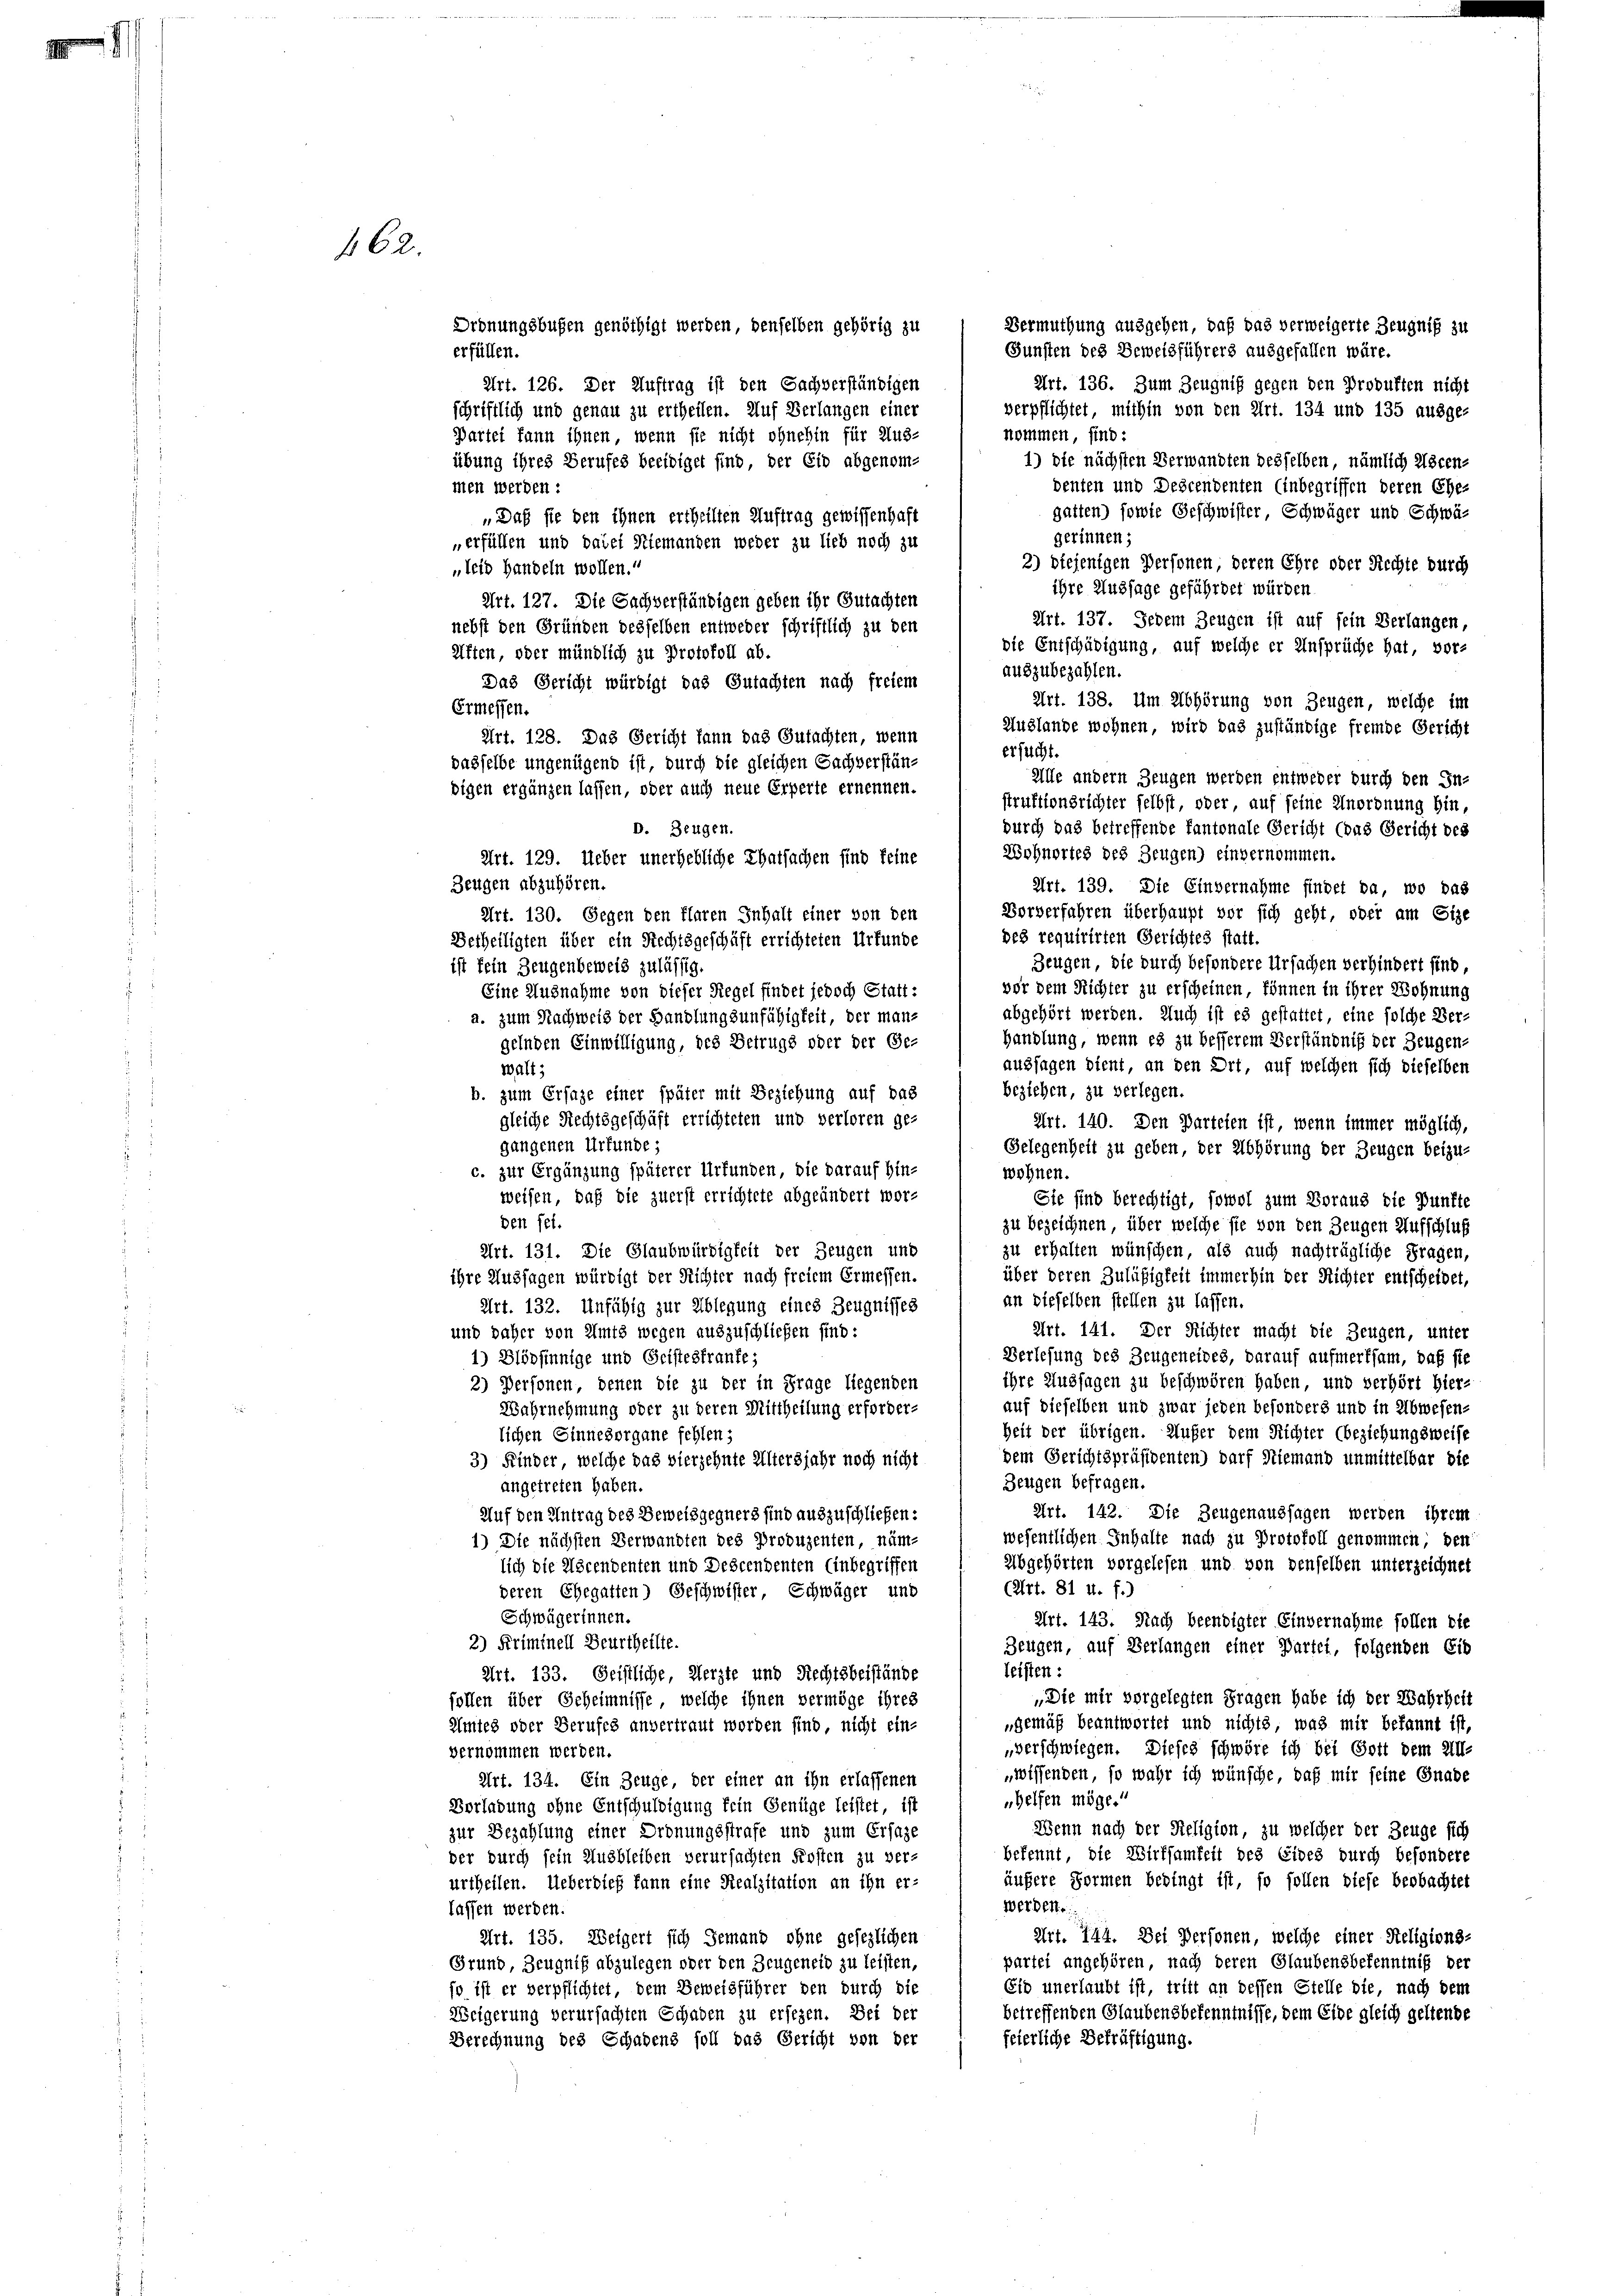
162.

Vermuthung ausgehen, daß das verweigerte Zeugniß zu
Ordnungsbußen genöthigt werden, denselben gehörig zu
Gunsten des Beweisführers ausgefallen wäre.
erfüllen.
Art. 126. Der Auftrag ist den Sachverständigen
Art. 136. Zum Zeugniß gegen den Probusten nicht
verpflichtet, mithin von den Art. 134 und 135 ausge-
schriftlich und genau zu ertheilen. Auf Verlangen einer
nommen, sind:
Partei kann ihnen, wenn sie nicht ohnehin für Aus-
1) die nächsten Verwandten desselben, nämlich ascen-
übung ihres Berufes beeidiget sind, der Eid abgenom-
denten und Descendenten Einbegriffen deren Ehe-
men werden:
gatten) sowie Geschwister, Schwäger und Schwä-
„Daß sie den ihnen ertheilten Auftrag gewissenhaft
gerinnen;
erfüllen und dabei Niemanden weder zu lieb noch zu
2) diejenigen Personen, deren Ehre oder Rechte durch
„leid handeln wollen.“
ihre Aussage gefährdet würden.
Art. 127. Die Sachverständigen geben ihr Gutachten
Art. 137. Jedem Zeugen ist auf sein Verlangen,
nebst den Gründen desselben entweder schriftlich zu den
die Entschädigung, auf welche er Ansprüche hat, vor-
Aften, oder mündlich zu Protokoll ab-
auszubezahlen.
Das Gericht würdigt das Gutachten nach freiem
Ermessen.
ersucht.
durch das betreffende Kantonale Gericht (das Gericht des
Wohnortes des Zeugen) einvernommen.
Art. 129. Ueber unerhebliche Thatsachen sind feine
Zeugen abzuhören.
Art. 139. Die Einvernahme findet da, wo das
Vorverfahren überhaupt vor sich geht, oder am Size
Art. 130. Gegen den Flaren Inhalt einer von den
des requirirten Gerichtes statt
Betheiligten über ein Rechtsgeschäft errichteten Urfunde
Zeugen, die durch besondere Ursachen verhindert sind
ist fein Zeugenbeweis zulässig.
vor dem Richter zu erscheinen können in ihrer Wohnung
Eine Ausnahme von dieser Siegel findet jedoch Statt:
abgehört werden. Auch ist es gestattet, eine solche Ver-
a. zum Nachweis der Handlungsunfähigkeit, der man-
Handlung, wenn es zu besserem Verständniß der Zeugen-
gelnden Einwilligung, des Betrugs oder der Ge-
aussagen dient, an den Ort, auf welchen sich dieselben
walt;
beziehen, zu verlegen.
b. zum Erfage einer später mit Beziehung auf das
gleiche Rechtsgeschäft errichteten und verloren ge-
Art. 140. Den Parteien ist, wenn immer möglich,
gangenen Urfunde;
Gelegenheit zu geben, der Abhörung der Zeugen beizu-
c. zur Ergänzung späterer Urfunden, die darauf hin-
wohnen.
weisen, daß die zuerst errichtete abgeändert wor-
Sie sind berechtigt, sowol zum Voraus die Dunfte
den fel.
zu bezeichnen, über welche sie von den Zeugen Aufschluß
zu erhalten wünschen, als auch nachträgliche Fragen,
Art. 131. Die Glaubwürdigkeit der Zeugen und
über deren Zuläßigkeit immerhin der Richter entscheidet,
ihre Aussagen würdigt der Richter nach freiem Ermessen.
an dieselben stellen zu lassen.
Art. 132. Unfähig zur Ablegung eines Zeugnisses
Art. 141. Der Richter macht die Zeugen, unter
und daher von Amts wegen auszuschließen sind:
Verlesung des Zeugeneides, darauf aufmerksam, daß sie
1) Blödsinnige und Geistes franke;
ihre Aussagen zu beschwören haben, und verhört hier-
2) Personen, denen die zu der in Frage liegenden
auf dieselben und zwar jeden besonders und in Abwesen-
Wahrnehmung oder zu deren Mittheilung erforder-
Zeit der übrigen. Außer dem Richter (beziehungsweise
lichen Sinnezorgane fehlen;
dem Gerichtspräsidenten) darf Niemand unmittelbar die
3) Kinder, welche das vierzehnte Altersjahr noch nicht
Zeugen befragen.
angetreten haben.
Art. 142. Die Zeugenaussagen werden ihrem
Auf den Antrag des Beweisgegners sind auszuschließen:
wesentlichen Inhalte nach zu Protokoll genommen den
1) Die nächsten Verwandten des Produzenten näm-
Abgehörten vorgelesen und von denselben unterzeichnet
lich die Ascendenten und Descendenten Einbegriffen
(Art. 81 u. f.)
deren Ehegatten) Geschwister Schwäger und
Schwägerinnen.
Art. 143. Nach beendigter Einvernahme sollen obe
2) Kriminell Beurtheilte.
Zeugen, auf Verlangen einer Partet, folgenden Eib
leisten :
Art. 133. Geistliche Aerzte und Rechtsbeistände
„Die mir vorgelegten Fragen habe ich der Wahrheit
sollen über Geheimnisse, welche ihnen vermöge ihres
„gemäß beantwortet und nichts, was mir bekannt ist,
Amtes oder Berufes anvertraut worden sind, nicht ein-
verschwiegen. Dieses schwöre ich bei Gott dem An-
vernommen werden.
wissenden, so wahr ich wünsche, daß mir seine Gnade
Art. 134. Ein Zeuge, der einer an ihn erlassenen
helfen möge.
Vorladung ohne Entschuldigung fein Genüge leistet, ist
Wenn nach der Religion, zu welcher der Zeuge sich
zur Bezahlung einer Ordnungsstrafe und zum Ersaze
bekennt, die Wirksamkeit des Eides durch besondere
der durch sein Ausbleiben verursachten Kosten zu ver-
äußere Formen bedingt ist, so sollen diese beobachtet
urtheilen. Ueberdieß kann eine Realzitation an ihn er-
Werden.
lassen werden
Art. 744. Dei Personen, welche einer Steligions-
Art. 135. Weigert sich Jemand ohne gesezlichen
partei angehören, nach deren Glaubensbekenntniß der
Grund, Zeugniß abzulegen oder den Zeugeneid zu leisten,
Eid unerlaubt ist, tritt an dessen Stelle die, nach dem
so ist er verpflichtet, dem Beweisführer den durch die
betreffenden Glaubensbekenntnisse, dem Eide gleich geltende
Weigerung verursachten Schaden zu ersezen. Bei der
feierliche Bekräftigung.
Berechnung des Schadens soll das Gericht von der

Art. 128. Das Gericht kann das Gutachten, wenn
dasselbe ungenügend ist durch die gleichen Sachverständigen ergänzen lassen, oder auch neue Erperte ernennen.
D. Zeugen.

Art. 138. Um Abhörung von Zeugen, welche im
Auslande wohnen, wird das zuständige fremde Gericht
Alle andern Zeugen werden entweder durch den In-
struktionsrichter selbst, oder auf seine Unordnung hin,